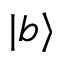
| b \rangle